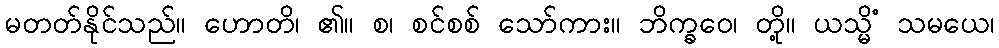
မတတ်နိုင်သည်။ ဟောတိ၊ ၏။ စ၊ စင်စစ် သော်ကား။ ဘိက္ခဝေ၊ တို့။ ယသ္မိံ သမယေ၊